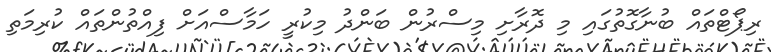
ރިޕޯޓްތައް ބުނާގޮތުގައި މި ދޮރާށި މިސްރުން ބަންދު މިކުރީ ހަމާސްއަށް ފިއްތުންތައް ކުރިމަތި